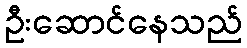
ဦးဆောင်နေသည်